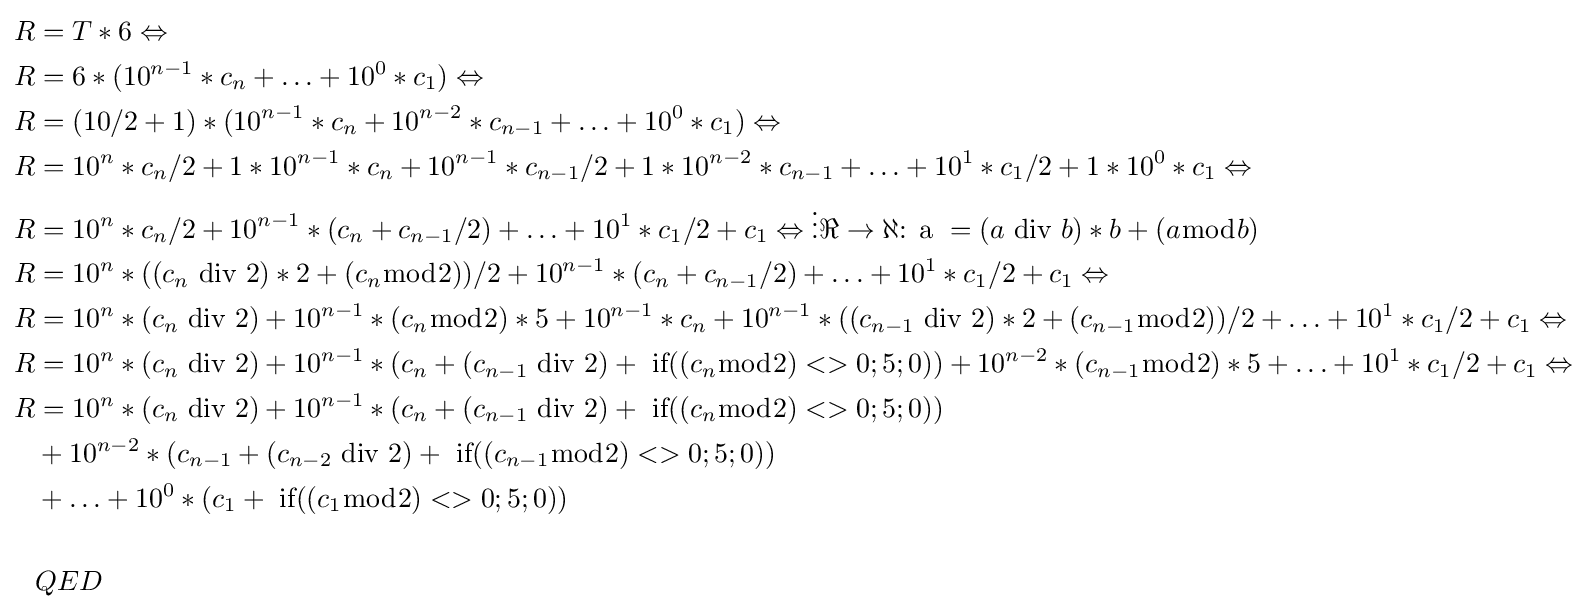
{\begin{aligned}R&=T*6\Leftrightarrow \\R&=6*(10^{n-1}*c_{n}+\ldots +10^{0}*c_{1})\Leftrightarrow \\R&=(10/2+1)*(10^{n-1}*c_{n}+10^{n-2}*c_{n-1}+\ldots +10^{0}*c_{1})\Leftrightarrow \\R&=10^{n}*c_{n}/2+1*10^{n-1}*c_{n}+10^{n-1}*c_{n-1}/2+1*10^{n-2}*c_{n-1}+\ldots +10^{1}*c_{1}/2+1*10^{0}*c_{1}\Leftrightarrow \\R&=10^{n}*c_{n}/2+10^{n-1}*(c_{n}+c_{n-1}/2)+\ldots +10^{1}*c_{1}/2+c_{1}\Leftrightarrow \vdots \Re \to \aleph {\text{: a }}=(a{\text{ div }}b)*b+(a{\bmod {b}})\\R&=10^{n}*((c_{n}{\text{ div }}2)*2+(c_{n}{\bmod {2}}))/2+10^{n-1}*(c_{n}+c_{n-1}/2)+\ldots +10^{1}*c_{1}/2+c_{1}\Leftrightarrow \\R&=10^{n}*(c_{n}{\text{ div }}2)+10^{n-1}*(c_{n}{\bmod {2}})*5+10^{n-1}*c_{n}+10^{n-1}*((c_{n-1}{\text{ div }}2)*2+(c_{n-1}{\bmod {2}}))/2+\ldots +10^{1}*c_{1}/2+c_{1}\Leftrightarrow \\R&=10^{n}*(c_{n}{\text{ div }}2)+10^{n-1}*(c_{n}+(c_{n-1}{\text{ div }}2)+{\text{ if}}((c_{n}{\bmod {2}})<>0;5;0))+10^{n-2}*(c_{n-1}{\bmod {2}})*5+\ldots +10^{1}*c_{1}/2+c_{1}\Leftrightarrow \\R&=10^{n}*(c_{n}{\text{ div }}2)+10^{n-1}*(c_{n}+(c_{n-1}{\text{ div }}2)+{\text{ if}}((c_{n}{\bmod {2}})<>0;5;0))\\&+10^{n-2}*(c_{n-1}+(c_{n-2}{\text{ div }}2)+{\text{ if}}((c_{n-1}{\bmod {2}})<>0;5;0))\\&+\ldots +10^{0}*(c_{1}+{\text{ if}}((c_{1}{\bmod {2}})<>0;5;0))\\\\&QED\end{aligned}}